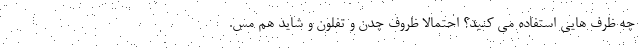
چه ظرف هایی استفاده می کنید؟ احتمالا ظروف چدن و تفلون و شاید هم مس.